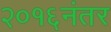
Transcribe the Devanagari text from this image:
२०१६नंतर